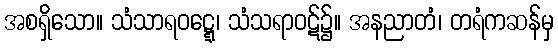
အစရှိသော။ သံသာရဝဋ္ဋေ၊ သံသရာဝဋ်၌။ အနညာတံ၊ တရံကဆန်မှ